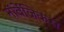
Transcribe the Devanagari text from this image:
नॉर्वेजिकस